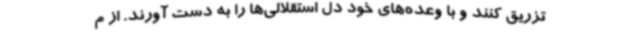
تزریق کنند و با وعده‌های خود دل استقلالی‌ها را به دست آورند. از م